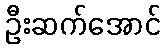
ဦးဆက်အောင်